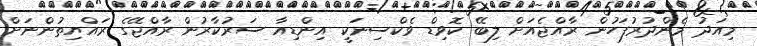
މިއަދު މެންދުރުފަހުން ރާއްޖެއަށް ލިބޭ ކޮވިޑް ވެކްސިނަކީ އިންޑިއާ ސަރުކާރުން ރާއްޖޭގެ ރައްޔިތުންނަށް